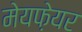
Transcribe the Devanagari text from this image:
मेयफ़ेयर